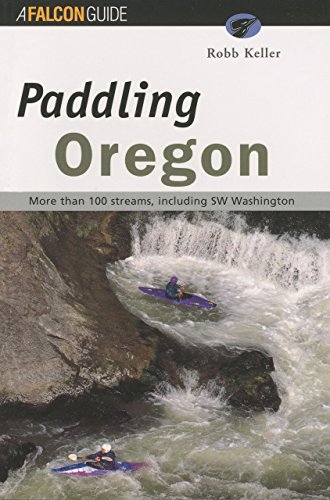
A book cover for Paddling Oregon (Regional Paddling Series); Robb Keller; Sports & Outdoors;